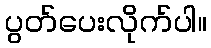
ပွတ်ပေးလိုက်ပါ။